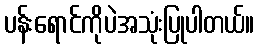
ပန်းရောင်ကိုပဲအသုံးပြုပါတယ်။